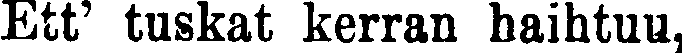
Ett' tuskat kerran haihtuu,